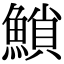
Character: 𩹳